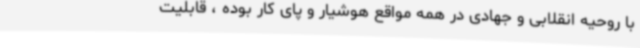
با روحیه انقلابی و جهادی در همه مواقع هوشیار و پای کار بوده ، قابلیت